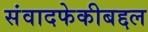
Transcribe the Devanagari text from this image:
संवादफेकीबद्दल